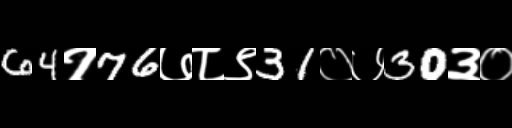
Text: 64१76७८९31०७30३०